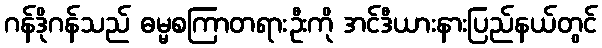
ဂန်ဒိုဂန်သည် ဓမ္မစကြာတရားဦးကို အင်ဒီယားနားပြည်နယ်တွင်